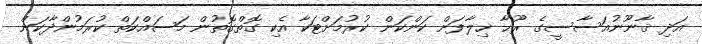
އަދި ޤާނޫނުއަސާސީގެ ރޫޙާ ޚިލާފަށް ކަންކަން ކުރުމަށްޓަކާ އެކި ގޮތްގޮތުން މަސައްކަތް ކުރަމުންދާކަން